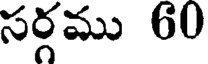
సర్గము 60